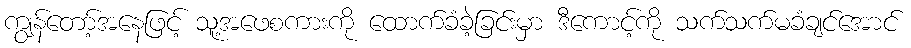
ကျွန်တော့်အနေဖြင့် သူ့အဖေစကားကို ထောက်ခံခဲ့ခြင်းမှာ ဒီကောင့်ကို သက်သက်မခံချင်အောင်